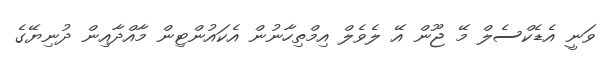
ވަނީ އެޑެކްސެލް މޭ ޖޫން އޭ ލެވެލް އިމްތިހާނުން އެކައުންޓިން މާއްދާއިން ދުނިޔޭގެ